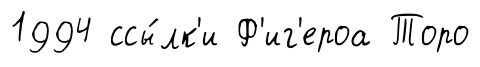
1994 ссы́лк'и Ф'иг'ероа Торо